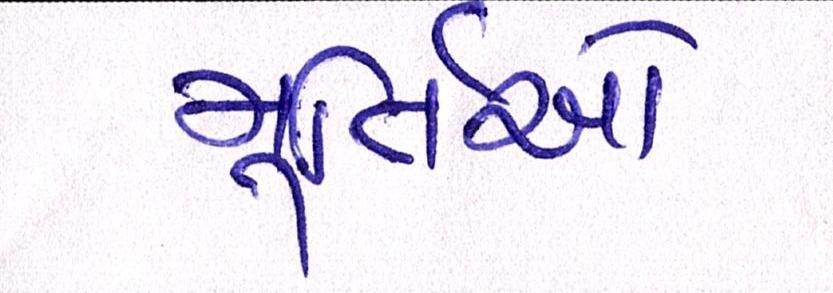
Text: મૂર્તિઓ